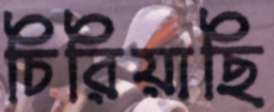
চিরিয়াছি